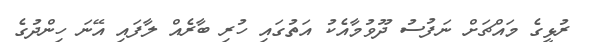
ރުޅީގެ މައްޗަށް ނަފުސު ދޫވުމާއެކު އަތުގައި ހުރި ބާރެއް ލާފައި އޭނަ ހިންދުގެ